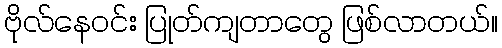
ဗိုလ်နေဝင်း ပြုတ်ကျတာတွေ ဖြစ်လာတယ်။